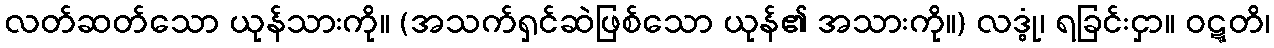
လတ်ဆတ်သော ယုန်သားကို။ (အသက်ရှင်ဆဲဖြစ်သော ယုန်၏ အသားကို။) လဒ္ဓုံ၊ ရခြင်းငှာ။ ဝဋ္ဋတိ၊